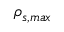
\rho _ { s , m a x }